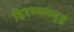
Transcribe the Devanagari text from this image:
हिरण्मयम्॥